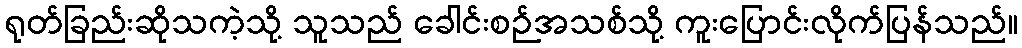
ရုတ်ခြည်းဆိုသကဲ့သို့ သူသည် ခေါင်းစဉ်အသစ်သို့ ကူးပြောင်းလိုက်ပြန်သည်။